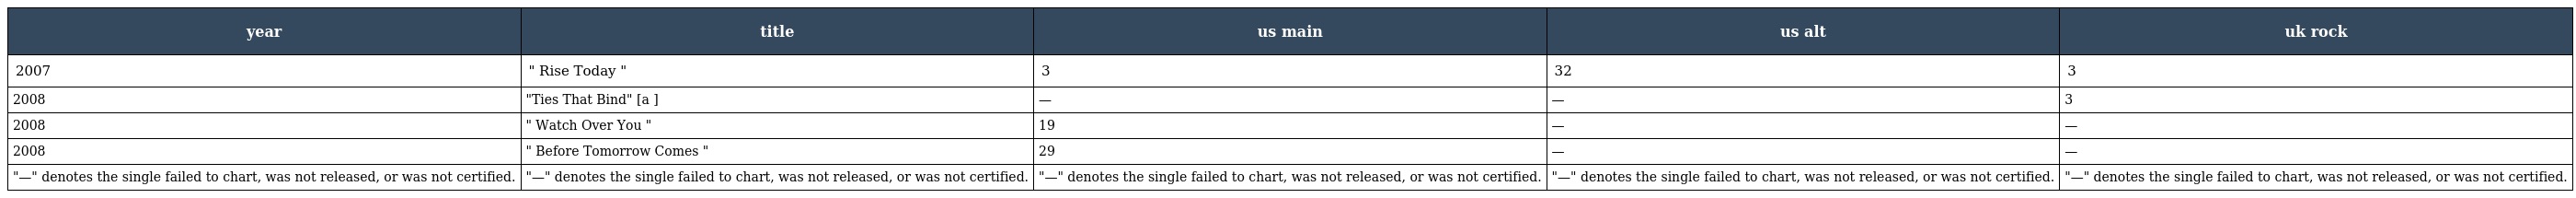
| year | title | us main | us alt | uk rock |
 | --- | --- | --- | --- | --- |
 | 2007 | " Rise Today " | 3 | 32 | 3 |
 | 2008 | "Ties That Bind" [a ] | — | — | 3 |
 | 2008 | " Watch Over You " | 19 | — | — |
 | 2008 | " Before Tomorrow Comes " | 29 | — | — |
 | "—" denotes the single failed to chart, was not released, or was not certified. | "—" denotes the single failed to chart, was not released, or was not certified. | "—" denotes the single failed to chart, was not released, or was not certified. | "—" denotes the single failed to chart, was not released, or was not certified. | "—" denotes the single failed to chart, was not released, or was not certified. |